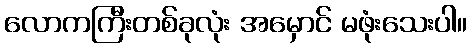
လောကကြီးတစ်ခုလုံး အမှောင် မဖုံးသေးပါ။